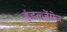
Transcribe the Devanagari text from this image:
इंडल्जेंसेज